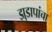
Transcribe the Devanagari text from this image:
झुडापांचा